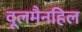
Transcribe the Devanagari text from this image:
वूलमैनहिल